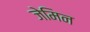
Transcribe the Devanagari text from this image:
जेमिन